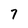
Character: 7